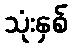
သုံးနှစ်